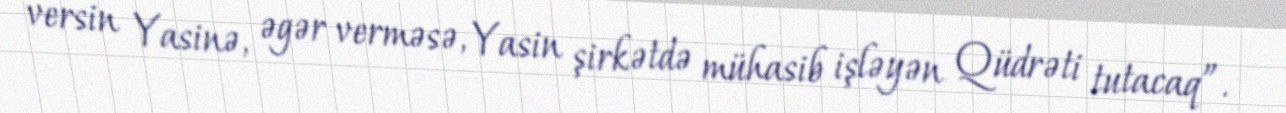
versin Yasinə, əgər verməsə, Yasin şirkətdə mühasib işləyən Qüdrəti tutacaq”.